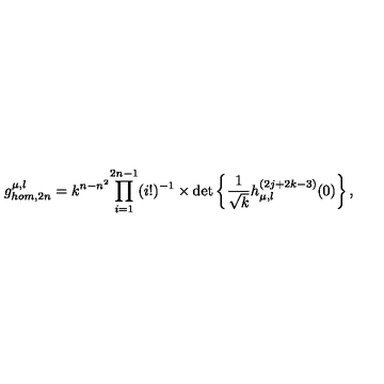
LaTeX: g _ { h o m , 2 n } ^ { \mu , \l } = k ^ { n - n ^ { 2 } } { \prod _ { i = 1 } ^ { 2 n - 1 } ( i ! ) ^ { - 1 } } \times \det \left\{ \frac { 1 } { \sqrt { k } } h _ { \mu , \l } ^ { ( 2 j + 2 k - 3 ) } ( 0 ) \right\} ,